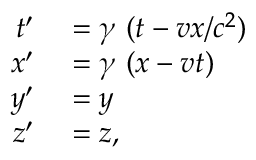
\begin{array} { r l } { t ^ { \prime } } & { { } = \gamma \ ( t - v x / c ^ { 2 } ) } \\ { x ^ { \prime } } & { { } = \gamma \ ( x - v t ) } \\ { y ^ { \prime } } & { { } = y } \\ { z ^ { \prime } } & { { } = z , } \end{array}